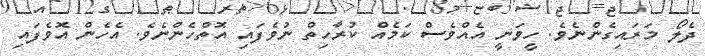
ދެލޯ މަރައިގެންނެވެ. ހީވަނީ އެއްވެސް ކަމެއް ކުރާހިތް ނުވެފައި އޮތްހެންނެވެ. އެހެން އޮވެފައި